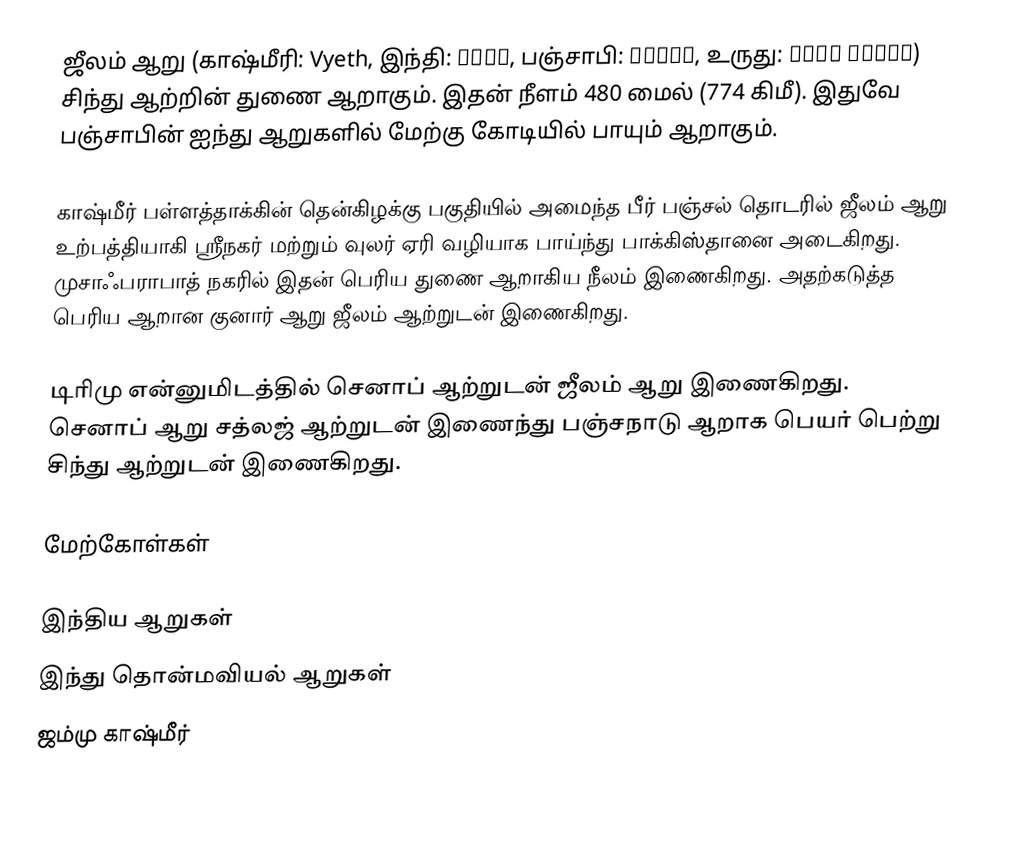
ஜீலம் ஆறு (காஷ்மீரி: Vyeth, இந்தி: झेलम, பஞ்சாபி: ਜੇਹਲਮ, உருது: دریاۓ جہلم) சிந்து ஆற்றின் துணை ஆறாகும். இதன் நீளம் 480 மைல் (774 கிமீ). இதுவே பஞ்சாபின் ஐந்து ஆறுகளில் மேற்கு கோடியில் பாயும் ஆறாகும்.

காஷ்மீர் பள்ளத்தாக்கின் தென்கிழக்கு பகுதியில் அமைந்த பீர் பஞ்சல் தொடரில் ஜீலம் ஆறு உற்பத்தியாகி ஸ்ரீநகர் மற்றும் வுலர் ஏரி வழியாக பாய்ந்து பாக்கிஸ்தானை அடைகிறது. முசாஃபராபாத் நகரில் இதன் பெரிய துணை ஆறாகிய நீலம் இணைகிறது. அதற்கடுத்த பெரிய ஆறான குனார் ஆறு ஜீலம் ஆற்றுடன் இணைகிறது.

டிரிமு என்னுமிடத்தில் செனாப் ஆற்றுடன் ஜீலம் ஆறு இணைகிறது. செனாப் ஆறு சத்லஜ் ஆற்றுடன் இணைந்து பஞ்சநாடு ஆறாக பெயர் பெற்று சிந்து ஆற்றுடன் இணைகிறது.

மேற்கோள்கள்

இந்திய ஆறுகள்
இந்து தொன்மவியல் ஆறுகள்
ஜம்மு காஷ்மீர்